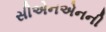
સીએનએનની